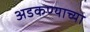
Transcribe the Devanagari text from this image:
अडकण्याच्या